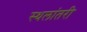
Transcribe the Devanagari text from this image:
स्थलांतरी